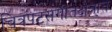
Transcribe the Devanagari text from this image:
चित्रपटसंगीतक्षेत्रात